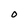
Character: O